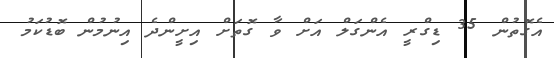
އެގޮތުން 35 ޑިގްރީ އެންގަލް އަށް ވާ ގޮތަށް އިށީންދެ އިނުމުން ބޮޑުކަމު